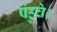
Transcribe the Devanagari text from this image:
पंहुचे।